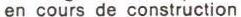
en cours de construction